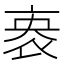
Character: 𬽏